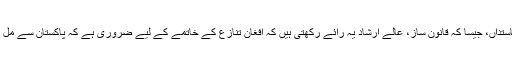
تاہم، درپیش باہمی تنائو کے باوجود، افغانستان کے کچھ سیاستداں، جیسا کہ قانون ساز، عالے ارشاد یہ رائے رکھتی ہیں کہ افغان تنازع کے خاتمے کے لیے ضروری ہے کہ پاکستان سے مل کر کام کیا جائے اور اعتماد سازی کی راہ ہموار کی جائے۔